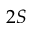
2 S